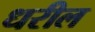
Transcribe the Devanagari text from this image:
धरील